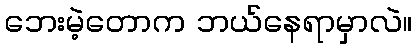
ဘေးမဲ့တောက ဘယ်နေရာမှာလဲ။